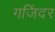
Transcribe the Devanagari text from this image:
गजिंदर